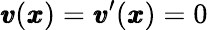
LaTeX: {\pmb v}({\pmb x})={\pmb v}^{\prime}({\pmb x})=0